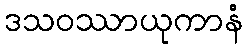
ဒသဝဿာယုကာနံ